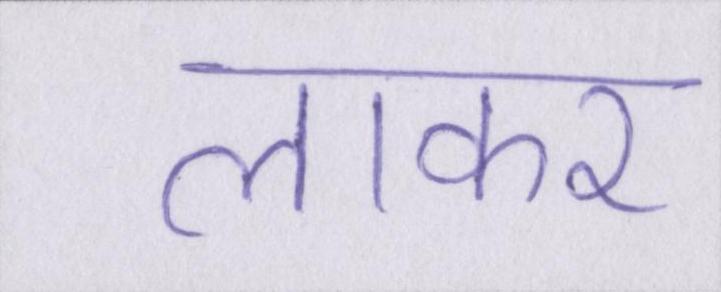
लाकर